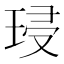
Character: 𭹔